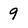
Character: 9